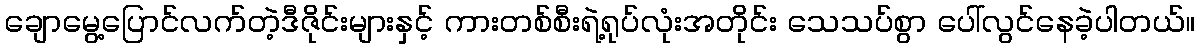
ချောမွေ့ပြောင်လက်တဲ့ဒီဇိုင်းများနှင့် ကားတစ်စီးရဲ့ရုပ်လုံးအတိုင်း သေသပ်စွာ ပေါ်လွင်နေခဲ့ပါတယ်။